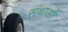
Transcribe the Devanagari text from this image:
संथाओं